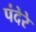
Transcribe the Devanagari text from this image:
पंदेरे